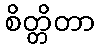
စိတ္တိတာ